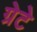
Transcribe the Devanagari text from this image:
ग्रेटे